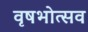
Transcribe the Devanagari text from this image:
वृषभोत्सव